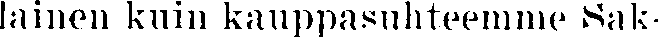
lainen kuin kauppasuhteemme Sak-